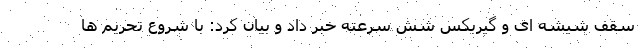
سقف شیشه ای و گیربکس شش سرعته خبر داد و بیان کرد: با شروع تحریم ها